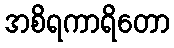
အစိရကာရိတော